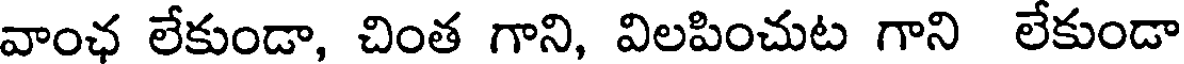
వాంఛ లేకుండా, చింత గాని, విలపించుట గాని లేకుండా